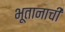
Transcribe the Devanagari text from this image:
भूतानाची